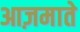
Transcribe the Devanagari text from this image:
आज़माते